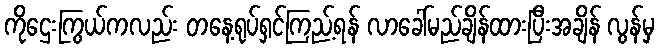
ကိုဌေးကြွယ်ကလည်း တနေ့ရုပ်ရှင်ကြည့်ရန် လာခေါ်မည်ချိန်ထားပြီးအချိန် လွန်မှ